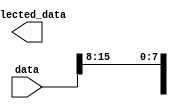
module part_select_continuous_assignment #(
    parameter N = 16,  // Size of the input data vector
    parameter M = 8,   // Starting bit position for selection
    parameter P = M-N+1 // Size of the output selected_data vector
)(
    input  [N-1:0] data,             // Input multi-bit signal
    output [P-1:0] selected_data      // Output selected bits
);

    // Continuous assignment of selected bits from data
    assign selected_data = data[M:N]; // Select bits from M to N

endmodule